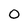
Character: O